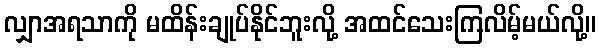
လျှာအရသာကို မထိန်းချုပ်နိုင်ဘူးလို့ အထင်သေးကြလိမ့်မယ်လို့။